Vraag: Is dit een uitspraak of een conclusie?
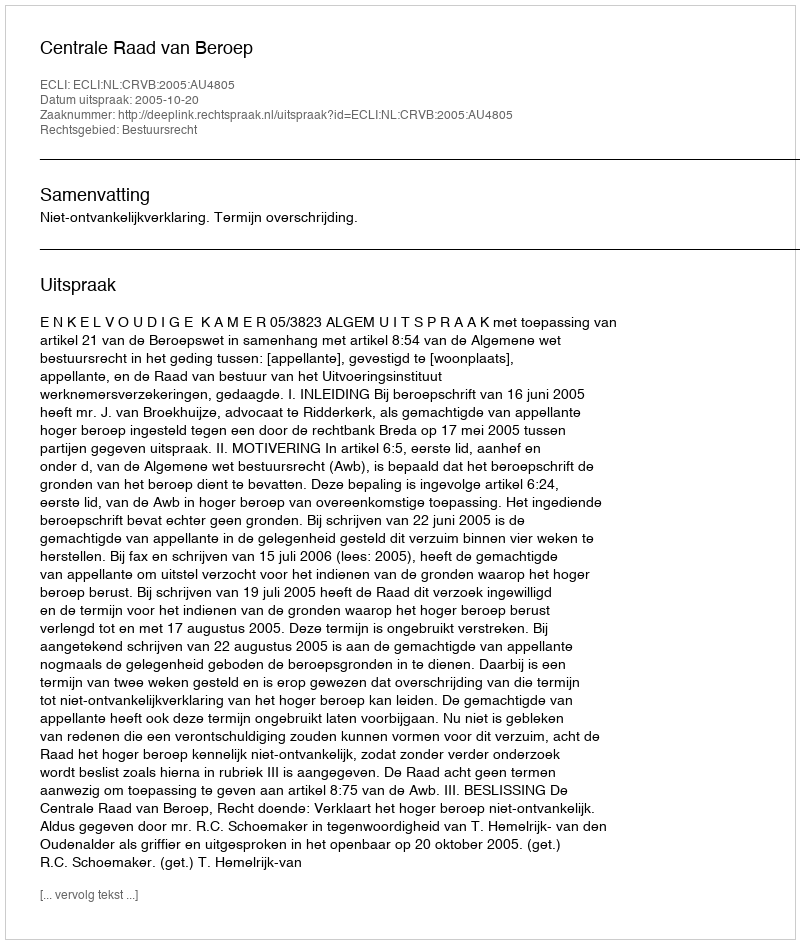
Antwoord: Uitspraak